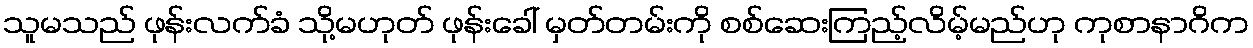
သူမသည် ဖုန်းလက်ခံ သို့မဟုတ် ဖုန်းခေါ် မှတ်တမ်းကို စစ်ဆေးကြည့်လိမ့်မည်ဟု ကုစာနာဂိက